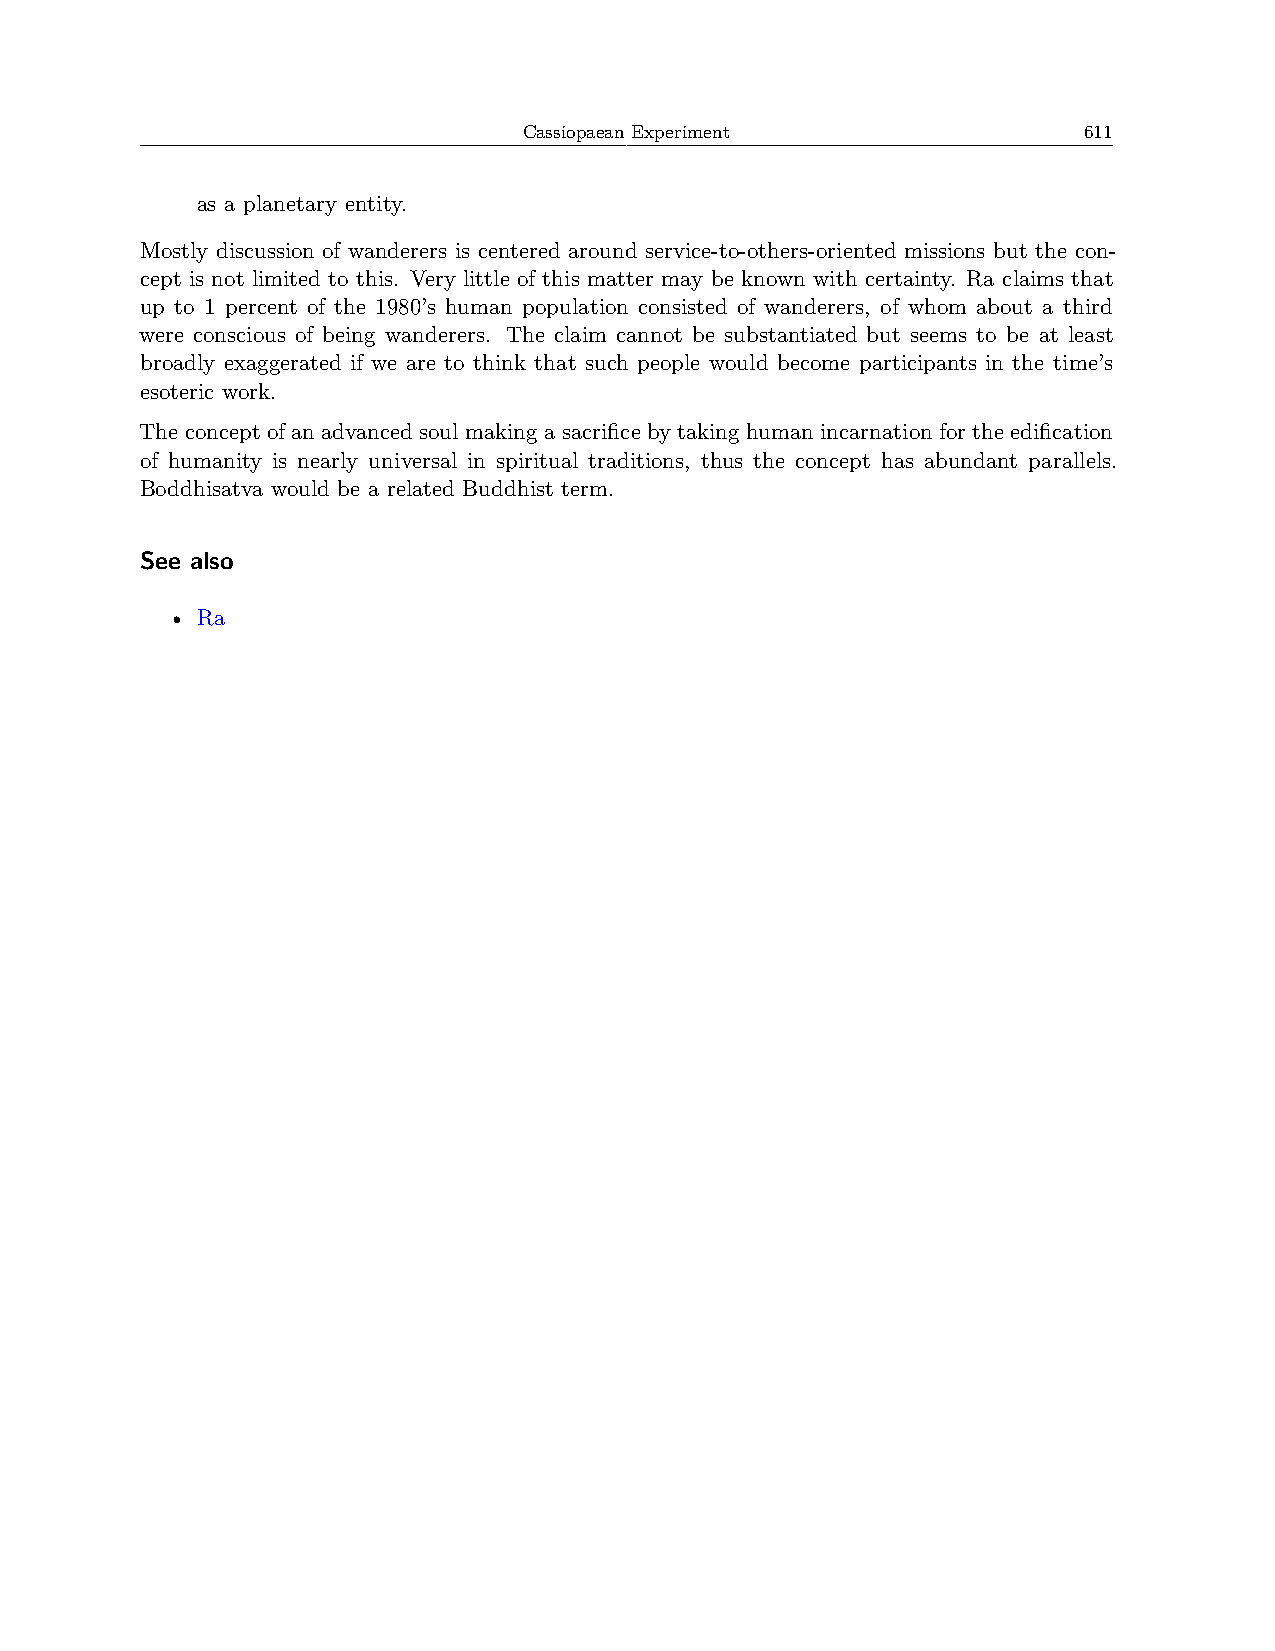
Cassiopaean Experiment               611
 as a planetary entity.
 Mostly discussion of wanderers is centered around service-to-others-oriented missions but the con-
 cept is not limited to this. Very little of this matter may be known with certainty. Ra claims that
 up to 1 percent of the 1980’s human population consisted of wanderers, of whom about a third
 were conscious of being wanderers. The claim cannot be substantiated but seems to be at least
 broadly exaggerated if we are to think that such people would become participants in the time’s
 esoteric work.
 The concept of an advanced soul making a sacrifice by taking human incarnation for the edification
 of humanity is nearly universal in spiritual traditions, thus the concept has abundant parallels.
 Boddhisatva would be a related Buddhist term.
 See also
 • Ra